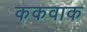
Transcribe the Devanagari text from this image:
ककवाक